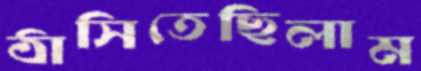
ঠাসিতেছিলাম